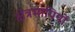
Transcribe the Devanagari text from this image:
क्षेत्रमापियों